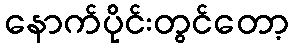
နောက်ပိုင်းတွင်တော့